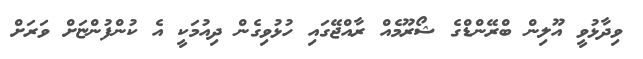
ވިދާޅުވީ އޫލިން ބްރޭންޑްގެ ޝޯރޫމެއް ރާއްޖޭގައި ހުޅުވިގެން ދިއުމަކީ އެ ކުންފުންޏަށް ވަރަށް